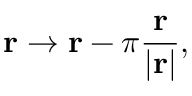
\mathbf { r } \to \mathbf { r } - \pi \frac { \mathbf { r } } { | \mathbf { r } | } ,